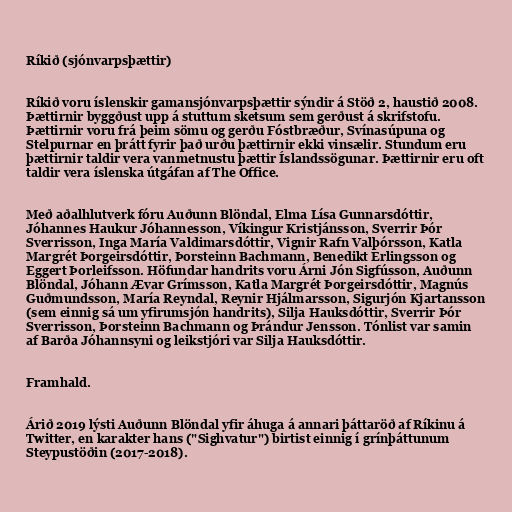
Ríkið (sjónvarpsþættir)

Ríkið voru íslenskir gamansjónvarpsþættir sýndir á Stöð 2, haustið 2008.
Þættirnir byggðust upp á stuttum sketsum sem gerðust á skrifstofu.
Þættirnir voru frá þeim sömu og gerðu Fóstbræður, Svínasúpuna og
Stelpurnar en þrátt fyrir það urðu þættirnir ekki vinsælir. Stundum eru
þættirnir taldir vera vanmetnustu þættir Íslandssögunar. Þættirnir eru oft
taldir vera íslenska útgáfan af The Office.

Með aðalhlutverk fóru Auðunn Blöndal, Elma Lísa Gunnarsdóttir,
Jóhannes Haukur Jóhannesson, Víkingur Kristjánsson, Sverrir Þór
Sverrisson, Inga María Valdimarsdóttir, Vignir Rafn Valþórsson, Katla
Margrét Þorgeirsdóttir, Þorsteinn Bachmann, Benedikt Erlingsson og
Eggert Þorleifsson. Höfundar handrits voru Árni Jón Sigfússon, Auðunn
Blöndal, Jóhann Ævar Grímsson, Katla Margrét Þorgeirsdóttir, Magnús
Guðmundsson, María Reyndal, Reynir Hjálmarsson, Sigurjón Kjartansson
(sem einnig sá um yfirumsjón handrits), Silja Hauksdóttir, Sverrir Þór
Sverrisson, Þorsteinn Bachmann og Þrándur Jensson. Tónlist var samin
af Barða Jóhannsyni og leikstjóri var Silja Hauksdóttir.

Framhald.

Árið 2019 lýsti Auðunn Blöndal yfir áhuga á annari þáttaröð af Ríkinu á
Twitter, en karakter hans ("Sighvatur") birtist einnig í grínþáttunum
Steypustöðin (2017-2018).